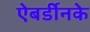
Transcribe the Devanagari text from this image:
ऐबर्डीनके